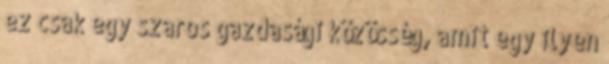
ez csak egy szaros gazdasági közösség, amit egy ilyen